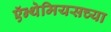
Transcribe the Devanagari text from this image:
ऍन्थेमियसच्या